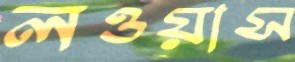
লওয়াস